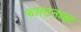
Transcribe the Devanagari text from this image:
फास्टनाक्ट